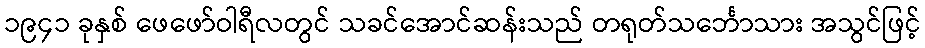
၁၉၄၁ ခုနှစ် ဖေဖော်ဝါရီလတွင် သခင်အောင်ဆန်းသည် တရုတ်သင်္ဘောသား အသွင်ဖြင့်